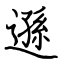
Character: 遜